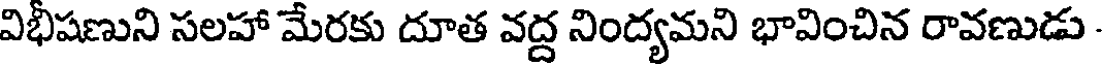
విభీషణుని సలహా మేరకు దూత వద్ద నింద్యమని భావించిన రావణుడు